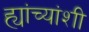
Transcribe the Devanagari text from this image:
ह्यांच्यांशी